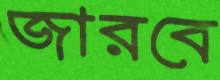
জারবে